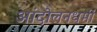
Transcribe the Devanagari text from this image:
आंदोलनधर्मी